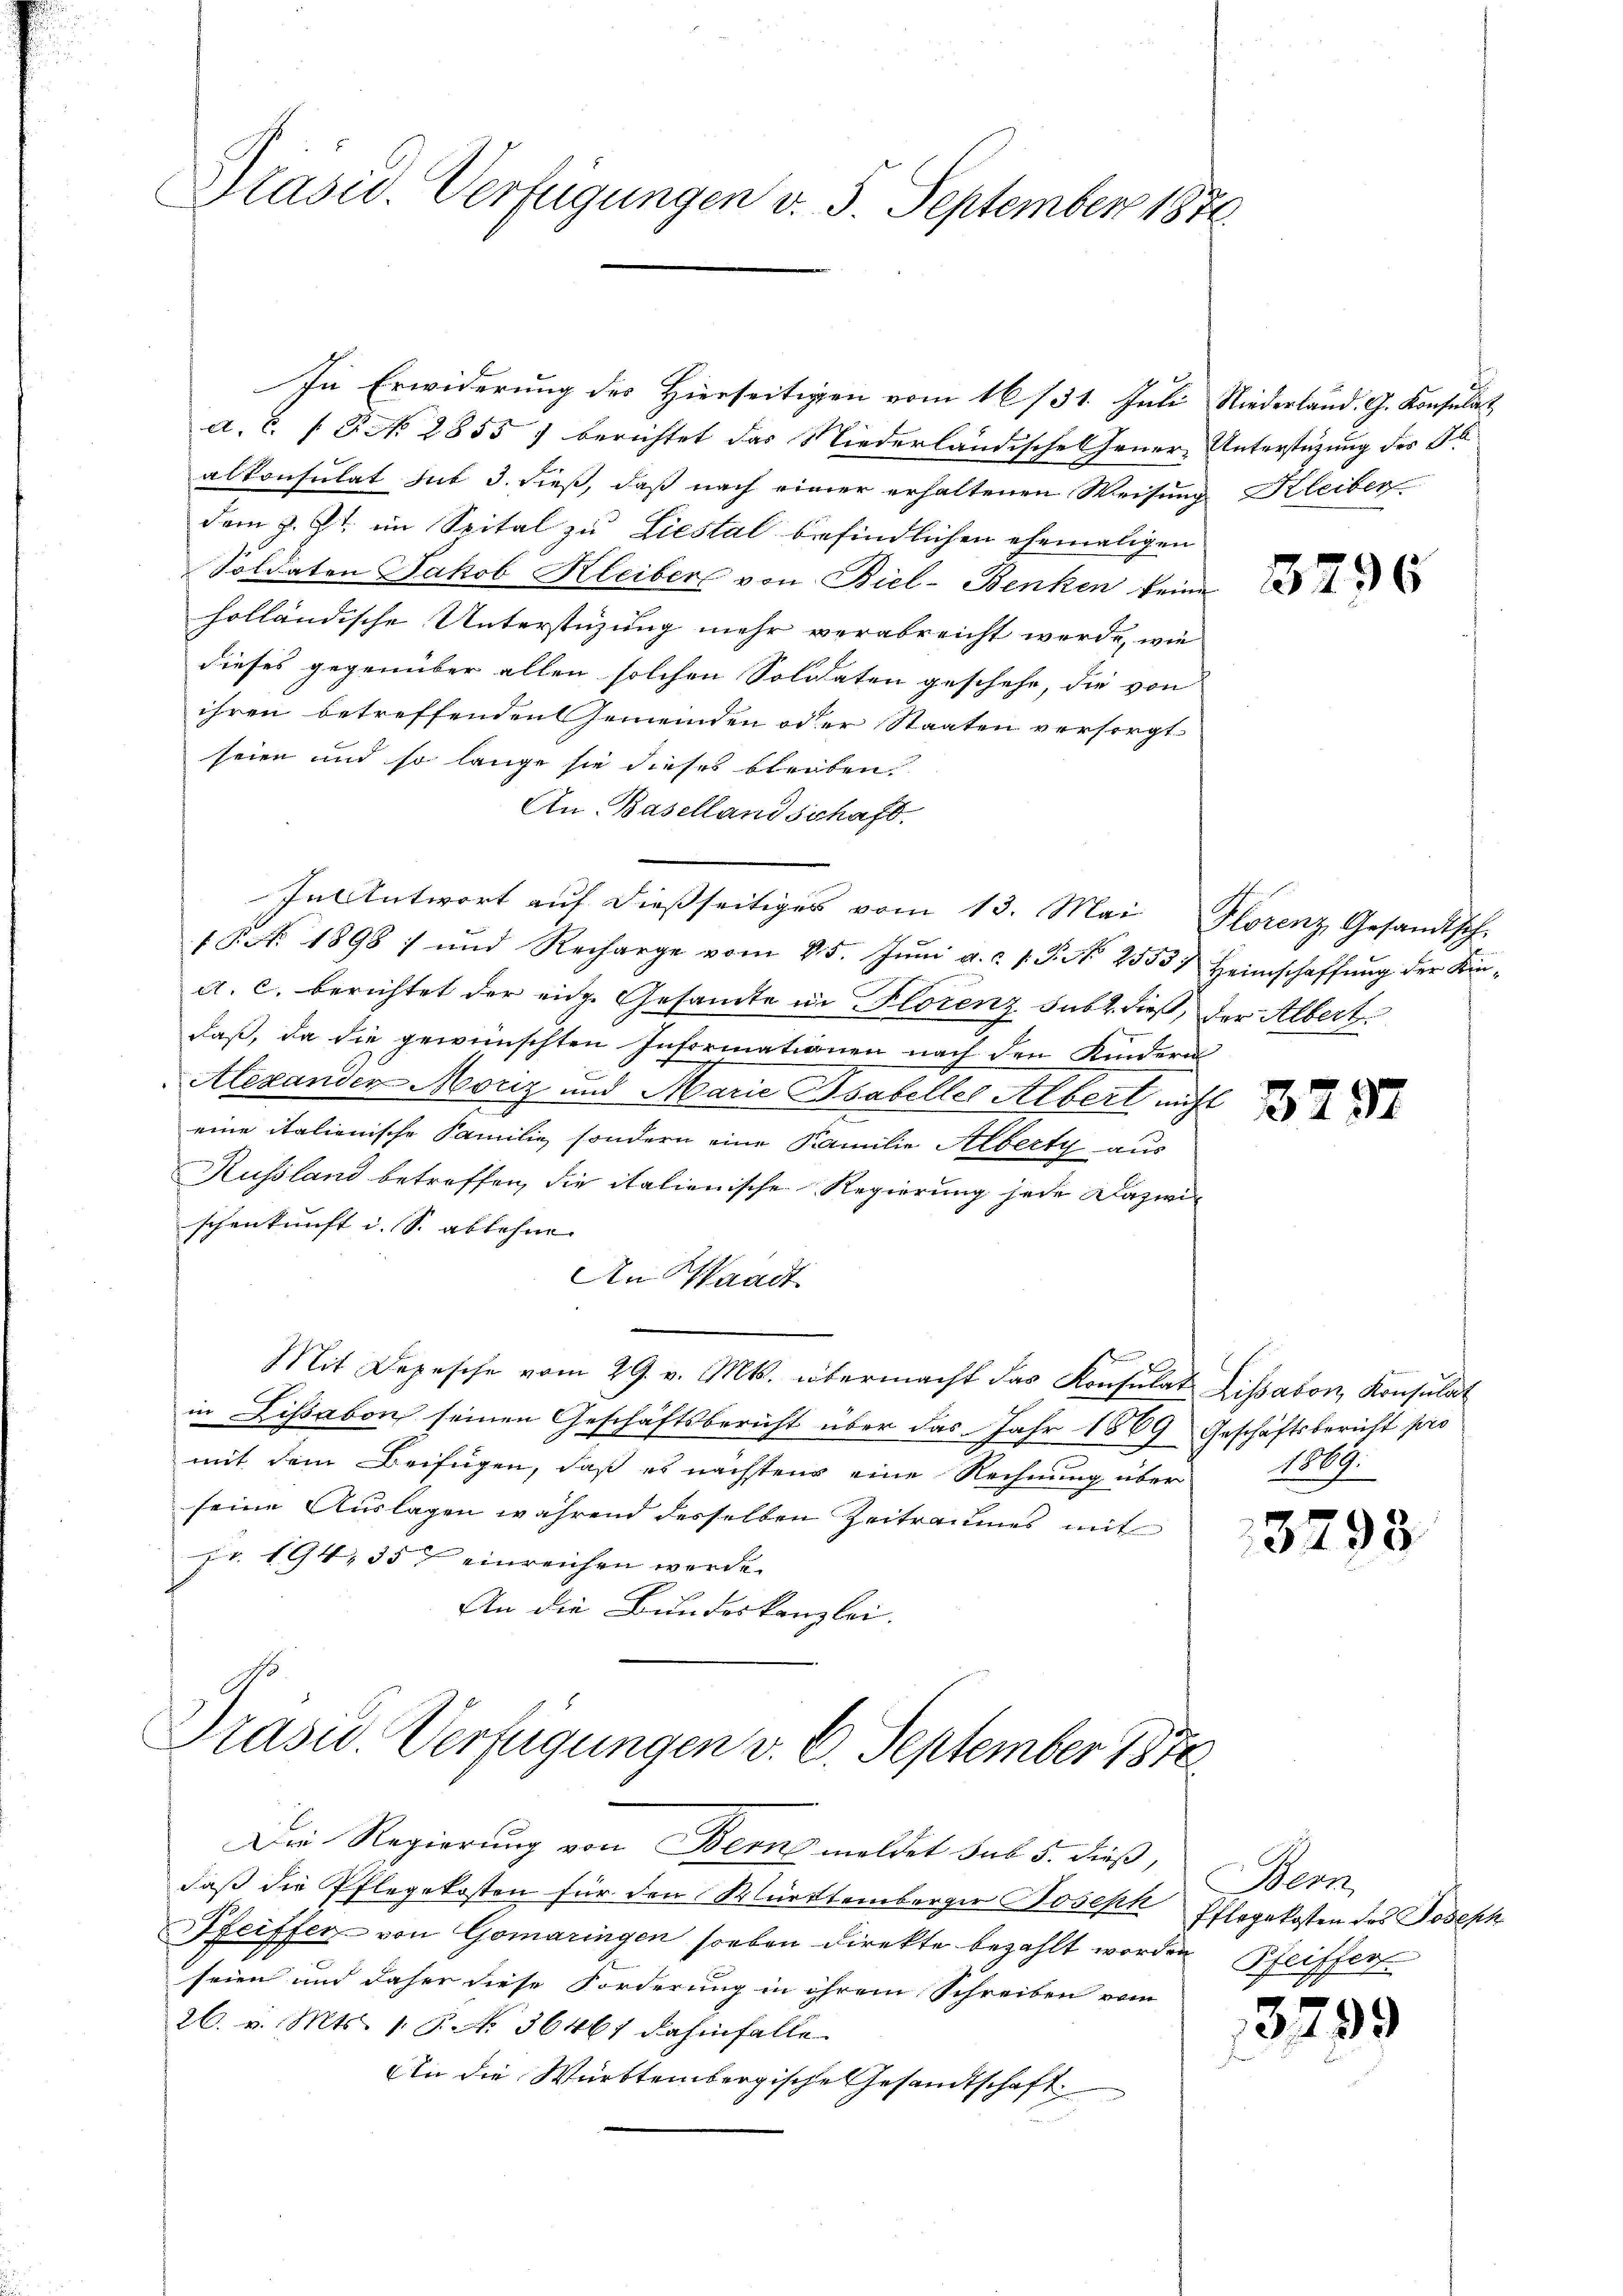
Präsid. Verfügungen v. 5. September 1870

a. C. P. N. 2855) berichtet das Niederländische Gener-Unterstüzung des St
alkonsulat sub 3. dieß, daß nach einer erhaltenen Weisung Kleiber
dem z. Zt. im Spital zu Liestal befindlichen ehemaligen
Soldaten Jakob Kleiber von Biel- Benken seine
holländische Unterstüzung mehr verabreicht werde, wie
dieses gegenüber allen solchen Solidaten geschehe, die von
ihren betreffenden Gemeinden oder Staaten versorgt
seien und so lange sie dieses bleiben.
An. Basellandschaft.
In Antwort auf dießseitiges vom 13. Mai Florenz Gesandtsch-
18. No. 1898 / und Recharge vom 25. Jŭni a. c. 1. P. Nr. 2553. Heimschaffŭng der Kin-
a. c. berichtet der eidg. Gesandte in Florenz subr. dieß, der Albert
daß, da die gewünschten Informationen nach den Kindern
Alexanden Moriz und Marie Psabeller Albert nicht
eine italienische Familie, sondern eine Familie Alberty aus
Russland betreffen, die italienische Regierung jede Dazwischenkunft i. S. ablehen |
An Waadt
Mit Depesche vom 29. v. Mts. übermacht das Konsulat Lissaron Konsulat
in Lissabon seinen Geschäftsbericht über das Jahr 1869 Geschäftsbericht pro
mit dem Beifügen, daß es nächstens eine Rechnung über 1869.
seine Auslagen während desselben Zeitraumes mit
Fr. 194, 357 einreichen werde.
An die Bundeskanzlei.

In Erwiderung des Hierseitigen vom 16/31. Juli Niederland. G. Konsulat

Die Regierung von Berns meldet sub 5. dieß,
daß die Pflegekosten für den Württemberger Joseph Pflegekosten des Joseph
Pfeiffer von Gomaringen soeben direkte bezahlt worden
seien und daher diese Forderung in ihrem Schreiben vom
26. v. Mts. 1. P. No. 36467 dahinfalle
An die Württembergische Gesandtschaft

Präsid. Verfügungen v. 6. September 1870

3296

3797

3798

Wern
Pfeister
c

3793